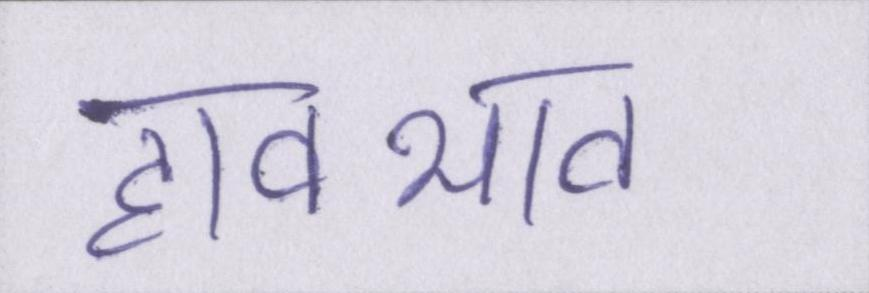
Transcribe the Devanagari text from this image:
हावभाव